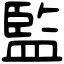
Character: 監